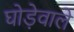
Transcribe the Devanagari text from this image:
घोड़ेवाले